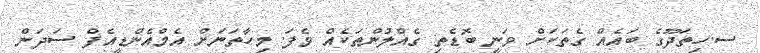
ސ.ހިތަދޫގެ ބައެއް ގެތަކަށް ވަނީ ބޮޑެތި ގެއްލުންތަކެއް ވެފަ. މިހާތަނަށް އެމްއެންޑީއެފް ސަދަން